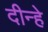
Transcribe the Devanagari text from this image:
दीन्हे